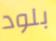
بلود